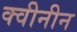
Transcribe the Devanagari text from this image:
क्वीनीन